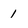
Character: 1